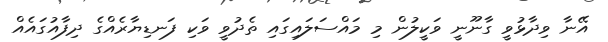
އޭނާ ވިދާޅުވީ ގާނޫނީ ވަކީލުން މި މައްސަލައިގައި ތެދުވީ ވަކި ފަނޑިޔާރެއްގެ ދިފާއުގައެއް